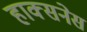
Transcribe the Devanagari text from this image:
हाक्सनेस